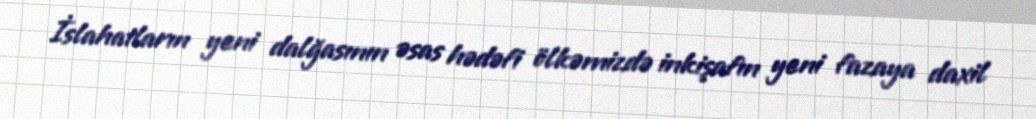
İslahatların yeni dalğasının əsas hədəfi ölkəmizdə inkişafın yeni fazaya daxil